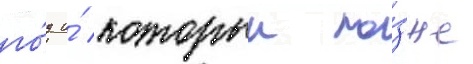
го́д и́ которыи по́зже